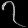
Digit: ၇